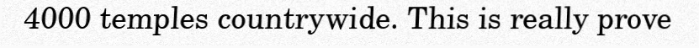
4000 temples countrywide. This is really prove